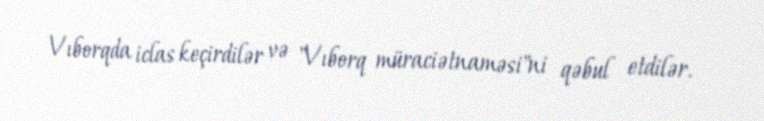
Vıborqda iclas keçirdilər və "Vıborq müraciətnaməsi"ni qəbul etdilər.